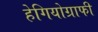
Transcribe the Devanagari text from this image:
हेगियोग्राफी